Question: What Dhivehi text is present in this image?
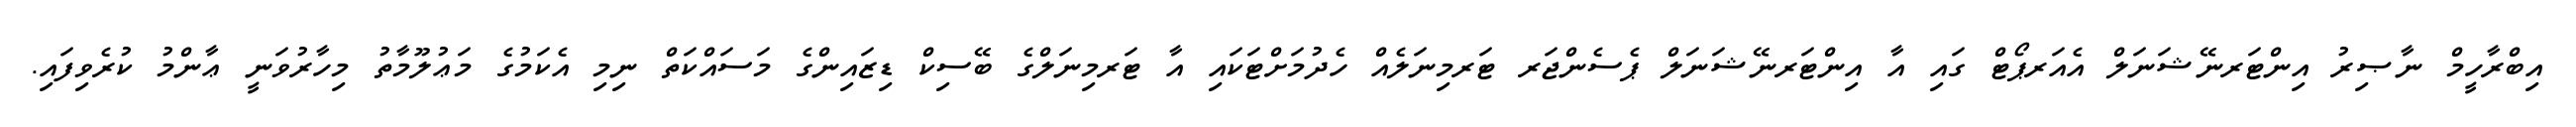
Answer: އިބްރާހީމް ނާޞިރު އިންޓަރނޭޝަނަލް އެއަރޕޯޓް ގައި އާ އިންޓަރނޭޝަނަލް ޕެސެންޖަރ ޓަރމިނަލެއް ހެދުމަށްޓަކައި އާ ޓަރމިނަލްގެ ބޭސިކް ޑިޒައިންގެ މަސައްކަތް ނިމި އެކަމުގެ މަޢުލޫމާތު މިހާރުވަނީ ޢާންމު ކުރެވިފައި.